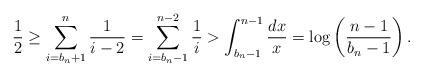
LaTeX: \begin{align*}\frac{1}{2}\ge\sum_{i=b_n+1}^{n}\frac{1}{i-2}=\sum_{i=b_n-1}^{n-2}\frac{1}{i}>\int_{b_n-1}^{n-1}\frac{dx}{x}=\log\left(\frac{n-1}{b_n-1}\right).\end{align*}